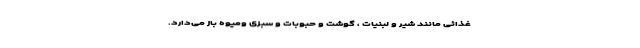
غذائی مانند شیر و لبنیات ، گوشت و حبوبات و سبزی ومیوه باز می‌دارد.